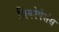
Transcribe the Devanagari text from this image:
सिंकोपेशंस